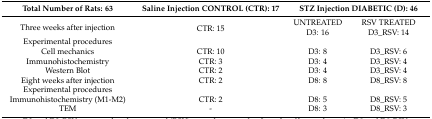
<table><thead><tr><td><b>Total Number of Rats: 63</b></td><td><b>Saline Injection CONTROL (CTR): 17</b></td><td colspan="2"><b>STZ Injection DIABETIC (D): 46</b></td></tr></thead><tbody><tr><td rowspan="2">Three weeks after injection</td><td rowspan="2">CTR: 15</td><td>UNTREATED</td><td>RSV TREATED</td></tr><tr><td>D3: 16</td><td>D3_RSV: 14</td></tr><tr><td>Experimental procedures</td><td></td><td></td><td></td></tr><tr><td>Cell mechanics</td><td>CTR: 10</td><td>D3: 8</td><td>D3_RSV: 6</td></tr><tr><td>Immunohistochemistry</td><td>CTR: 3</td><td>D3: 4</td><td>D3_RSV: 4</td></tr><tr><td>Western Blot</td><td>CTR: 2</td><td>D3: 4</td><td>D3_RSV: 4</td></tr><tr><td>Eight weeks after injection</td><td>CTR: 2</td><td>D8: 8</td><td>D8_RSV: 8</td></tr><tr><td>Experimental procedures</td><td></td><td></td><td></td></tr><tr><td>Immunohistochemistry (M1-M2)</td><td>CTR: 2</td><td>D8: 5</td><td>D8_RSV: 5</td></tr><tr><td>TEM</td><td>-</td><td>D8: 3</td><td>D8_RSV: 3</td></tr></tbody></table>